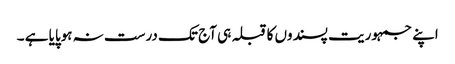
اپنے جمہوریت پسندوں کا قبلہ ہی آج تک درست نہ ہوپایا ہے ۔